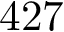
4 2 7